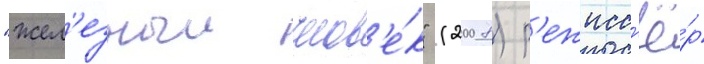
"жел'езныи челов'е́к" (2008) р'ежисс'ё́р